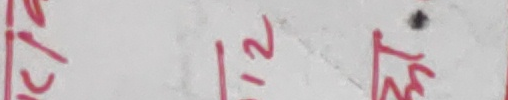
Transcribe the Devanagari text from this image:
८ १/२ प्रति